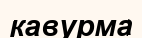
кавурма